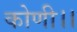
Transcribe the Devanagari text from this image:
कोणी।।